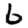
Digit: 6